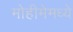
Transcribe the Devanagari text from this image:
मोहीमेमध्ये